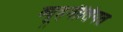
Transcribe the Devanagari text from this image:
व्यूहनीतिगत